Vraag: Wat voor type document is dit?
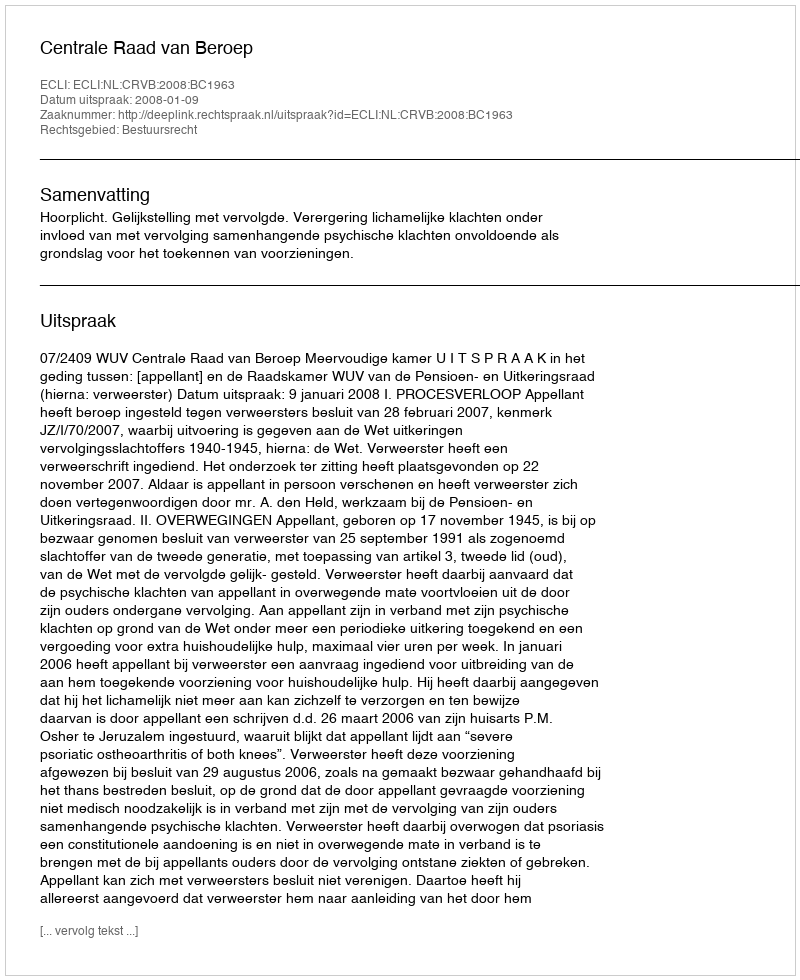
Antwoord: Uitspraak